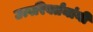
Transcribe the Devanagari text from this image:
उत्परिवर्तनांनी